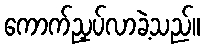
ကောက်ညှပ်လာခဲ့သည်။